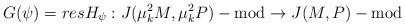
LaTeX: \begin{align*} G(\psi)=resH_{\psi}: J(\mu_{k}^2M,\mu_{k}^2P)-\operatorname{mod} \rightarrow J(M,P)-\operatorname{mod}\end{align*}